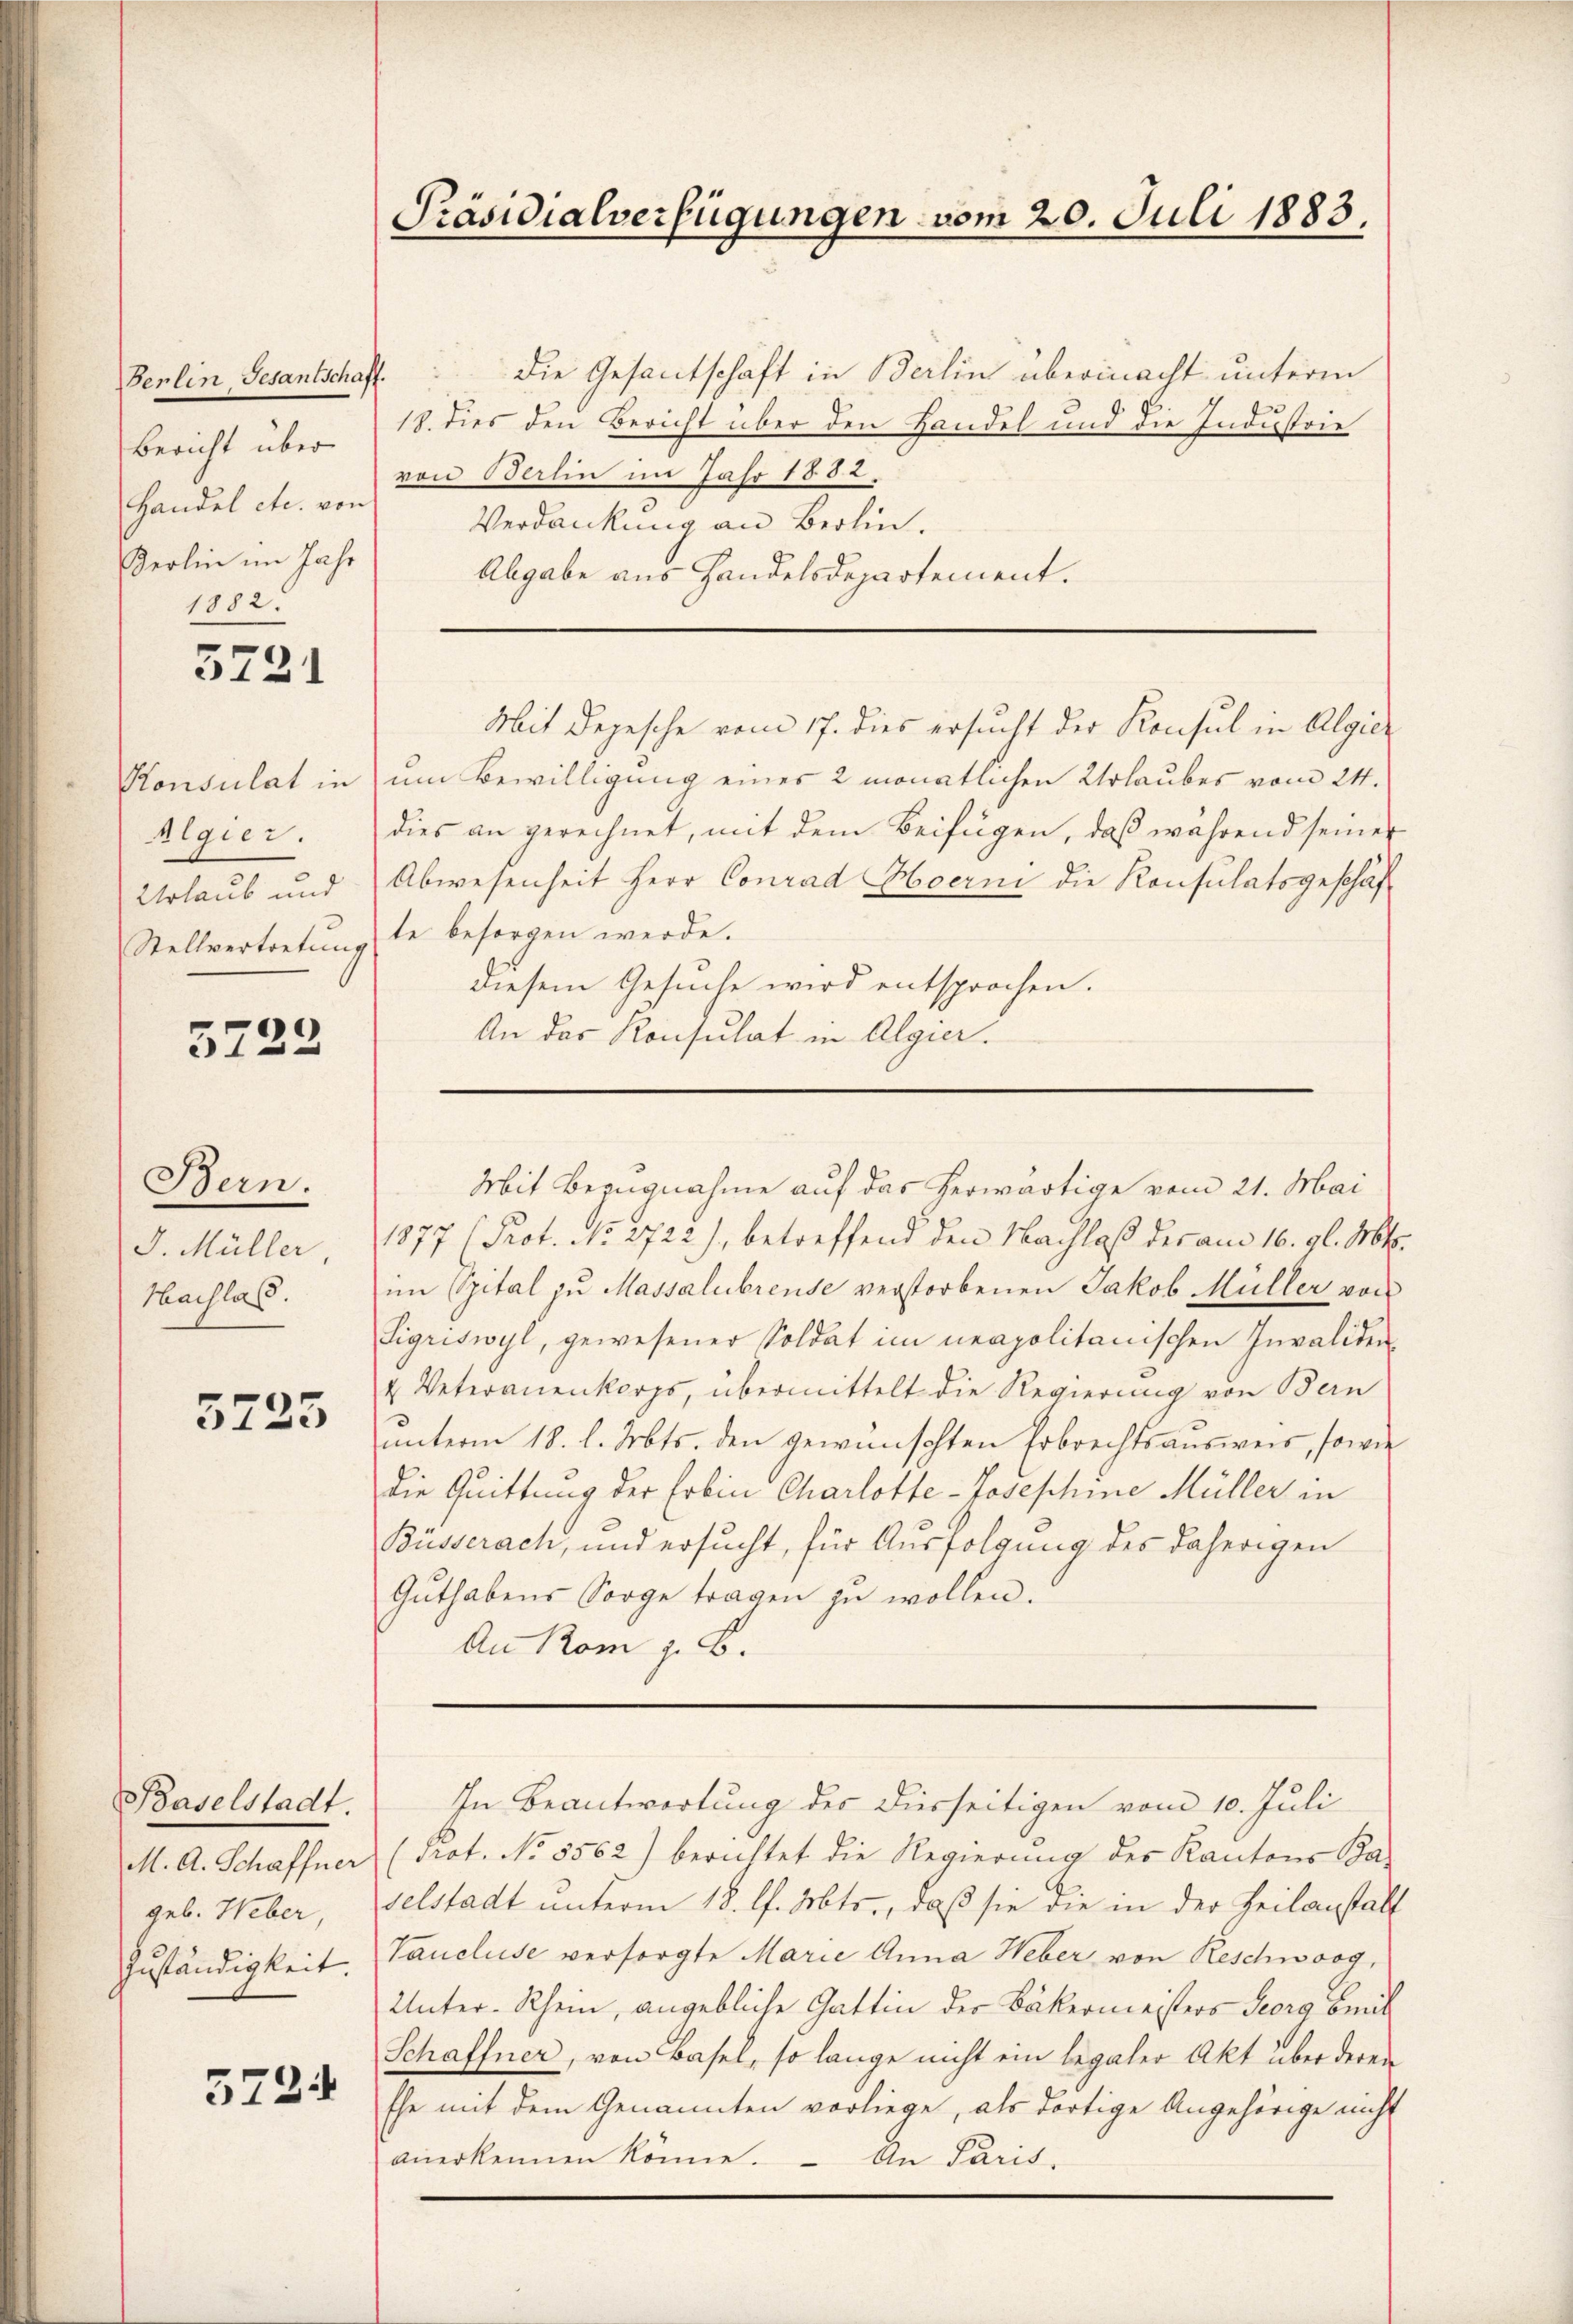
Berlin Gesantschaft.
Bericht über
Handel etc. von
Berlin im Jahr
1882.

3721

Algier.
Urlaub und

5722

Bern.
J. Müller.
Hachlass.

3725

Baselstadt.
M. A. Schaffner
geb. Weber
Zuständigkeit.

5724

Präsidialverfügungen vom 20. Juli 1883.

die Gesantschaft in Berlin übermacht unterm
18. dies den Bericht über den Handel und die Industrie
von Berlin im Jahr 1882.
Verdankung an Berlin.
Abgabe aus Handelsdepartement.

Mit Depesche vom 17. dies ersucht der Konsul in Algier
Konsulat in um Bewilligung einer 2 monatlichen Urlaubes vom 24.
dies an gerechnet, mit dem Beifügen, daß während seiner
Abwesenheit Herr Conrad Hoerni die Konsulatsgeschäf
Stellvertretŭng le besorgen werde.
diesem Gesuche wird entsprochen.
An der Konsulat in Algier.

1877 (Prot. No. 2722), betreffend den Nachlaß des am 16. gl. Mts.
im Spital zu Massalubreuse verstorbenen Jakob Müller von
Sigriswyl, gewesener Soldat im neapolitanischen Invaliden
u. Veteranenkorps, übermittelt die Regierung von Bern
unterm 18. l. Mts. den gewünschten Erbrechtsausweis, sowie
die Quittung der Erbin Charlotte-Josephine Müller in
Büsserach, und ersucht, für Ausfolgung des daherigen
Gŭthabens Sorge tragen zŭ wollen.
An Rom z. B.

Mit Bezugnahme auf das herwärtige vom 21. Mai

In Beantwortung des Diesseitigen vom 10. Juli

(Prot. No 8562) berichtet die Regierung des Kantons Ba-
selstadt unterm 18. l. Mts., daß sie die in der Teilanstalt
Vaucluse versorgte Marie Anna Weber von Reschwog,
Unter-Rhein, angebliche Gattin der Bäkermeisters Georg Beil
Schaffner, von Basel, so lange nicht ein legaler Akt über deren
Ehe mit dem Genannten vorliege, als dortige Angehörige nicht
anerkennen könne. – An Paris.